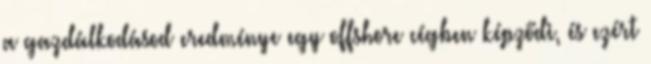
a gazdálkodásod eredménye egy offshore cégben képződi, és ezért